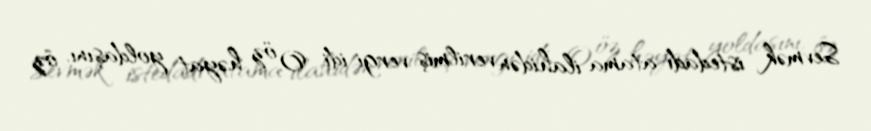
Sevmək istedadı atama ilahidən verilmiş vergi idi. O, öz həyat yoldaşını, öz